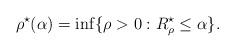
LaTeX: \begin{align*}\rho^\star(\alpha) = \inf \{\rho>0: R^\star_{\rho} \leq \alpha\}.\end{align*}